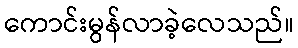
ကောင်းမွန်လာခဲ့လေသည်။